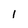
Character: l